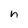
Character: h